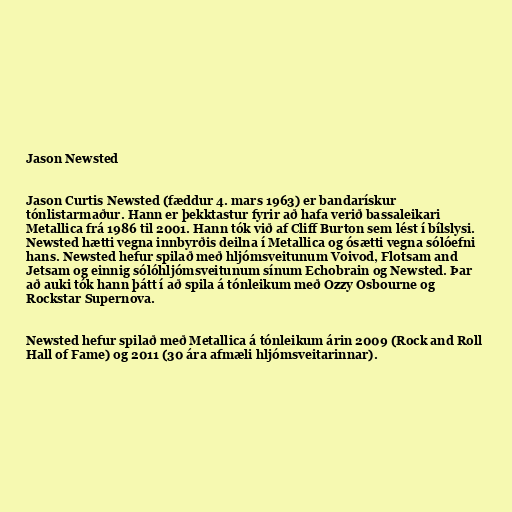
Jason Newsted

Jason Curtis Newsted (fæddur 4. mars 1963) er bandarískur
tónlistarmaður. Hann er þekktastur fyrir að hafa verið bassaleikari
Metallica frá 1986 til 2001. Hann tók við af Cliff Burton sem lést í bílslysi.
Newsted hætti vegna innbyrðis deilna í Metallica og ósætti vegna sólóefni
hans. Newsted hefur spilað með hljómsveitunum Voivod, Flotsam and
Jetsam og einnig sólóhljómsveitunum sínum Echobrain og Newsted. Þar
að auki tók hann þátt í að spila á tónleikum með Ozzy Osbourne og
Rockstar Supernova.

Newsted hefur spilað með Metallica á tónleikum árin 2009 (Rock and Roll
Hall of Fame) og 2011 (30 ára afmæli hljómsveitarinnar).